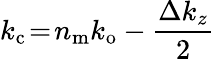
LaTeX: k_{\mathrm{c}}\! =\! n_{\mathrm{m}}k_{\mathrm{o}}-\frac{\Delta k_{z}}{2}